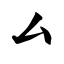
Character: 厶